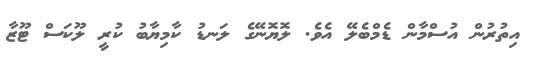
އިތުރުން އުސްމާން ޑެމްބެލޭ އެވެ. ލޮޔޮނޭގެ ލަނޑު ކާމިޔާބު ކުރީ ލޫކަސް ޓޫޒާ